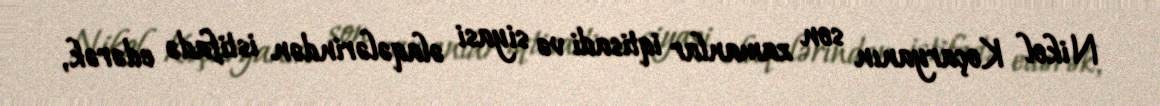
Nikol Koçaryanın son zamanlar iqtisadi və siyasi əlaqələrindən istifadə edərək,